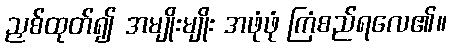
ညှစ်ထုတ်၍ အမျိုးမျိုး အဖုံဖုံ ကြံစည်ရလေ၏။